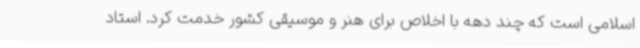
اسلامی است که چند دهه با اخلاص برای هنر و موسیقی کشور خدمت کرد. استاد